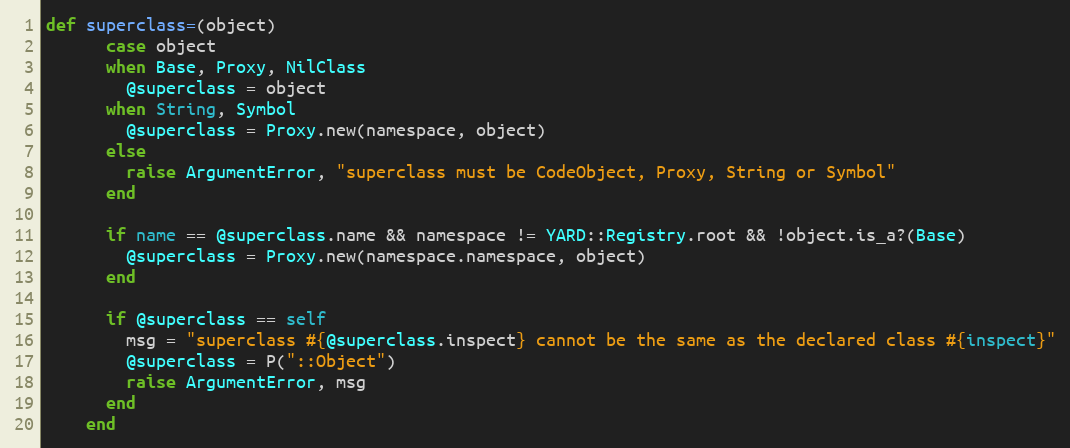
Language: Ruby
def superclass=(object)
      case object
      when Base, Proxy, NilClass
        @superclass = object
      when String, Symbol
        @superclass = Proxy.new(namespace, object)
      else
        raise ArgumentError, "superclass must be CodeObject, Proxy, String or Symbol"
      end

      if name == @superclass.name && namespace != YARD::Registry.root && !object.is_a?(Base)
        @superclass = Proxy.new(namespace.namespace, object)
      end

      if @superclass == self
        msg = "superclass #{@superclass.inspect} cannot be the same as the declared class #{inspect}"
        @superclass = P("::Object")
        raise ArgumentError, msg
      end
    end